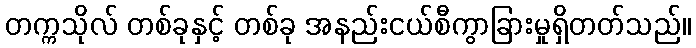
တက္ကသိုလ် တစ်ခုနှင့် တစ်ခု အနည်းငယ်စီကွာခြားမှုရှိတတ်သည်။